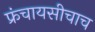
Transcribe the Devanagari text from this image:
फ्रंचायसीचाच